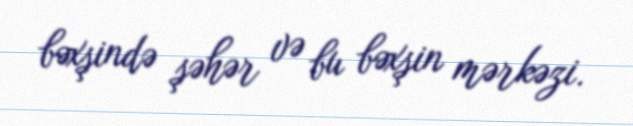
bəxşində şəhər və bu bəxşin mərkəzi.